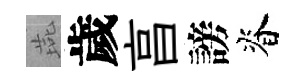
燕歲亯謗脊